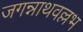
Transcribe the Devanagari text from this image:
जगन्नाथवल्लभ